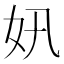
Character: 㚨